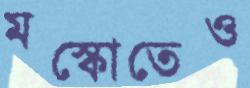
মস্কোতেও